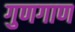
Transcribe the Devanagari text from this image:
गुणगाण